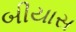
બીયાસ